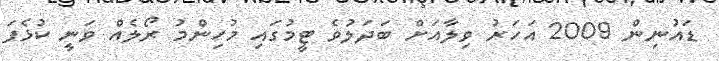
ޑައުނިން 2009 އަހަރު ވިލާއަށް ބަދަލުވެ ޓީމުގައި މުހިންމު ރޯލެއް ވަނީ ކުޅެފަ